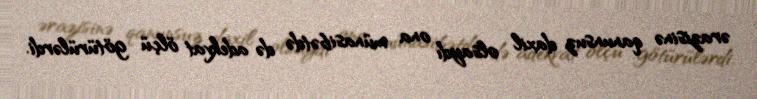
ərazisinə qanunsuz daxil olsaydı ona münasibətdə də adekvat ölçü götürülərdi.